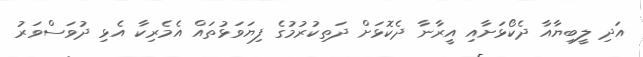
އަދި ލީބިޔާއާ ދެކޯޅަށާއި އީރާނާ ދެކޮޅަށް ދަތިކުރުމުގެ ފިޔަވަޅުތައް އެމެރިކާ އެޅި ދުވަސްވަރު